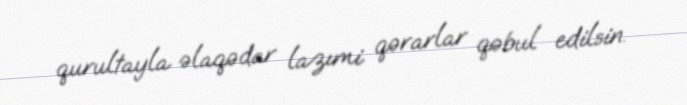
qurultayla əlaqədar lazımi qərarlar qəbul edilsin.